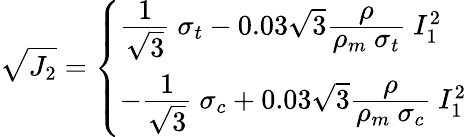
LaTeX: {\sqrt{J_{2}}}={\left\{ \begin{array}{ll}{{\cfrac{1}{\sqrt{3}}}~\sigma_{t}-0.03{\sqrt{3}}{\cfrac{\rho}{\rho_{m}~\sigma_{t}}}~I_{1}^{2}}\\ {-{\cfrac{1}{\sqrt{3}}}~\sigma_{c}+0.03{\sqrt{3}}{\cfrac{\rho}{\rho_{m}~\sigma_{c}}}~I_{1}^{2}}\end{array}\right.}